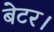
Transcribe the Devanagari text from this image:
बेटर।